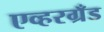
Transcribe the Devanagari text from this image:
एव्हरग्रँड